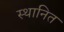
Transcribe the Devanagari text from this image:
स्थानित